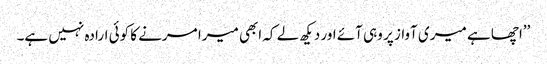
’’اچھا ہے میری آواز پر وہی آئے اور دیکھ لے کہ ابھی میرا مرنے کا کوئی ارادہ نہیں ہے۔